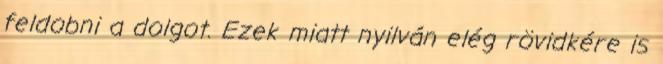
feldobni a dolgot. Ezek miatt nyilván elég rövidkére is